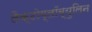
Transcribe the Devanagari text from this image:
लैक्टोग्लॉब्युलिन